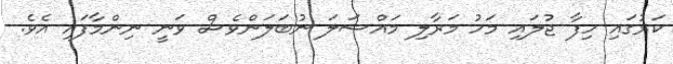
ކަރުގައި ހިފާ ޖުލައި މަހު މަރާލި މައްސަލަ ނުބަލަންވެސް ވަނީ ނިންމާފައި އެވެ.